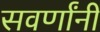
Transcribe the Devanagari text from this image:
सवर्णांनी